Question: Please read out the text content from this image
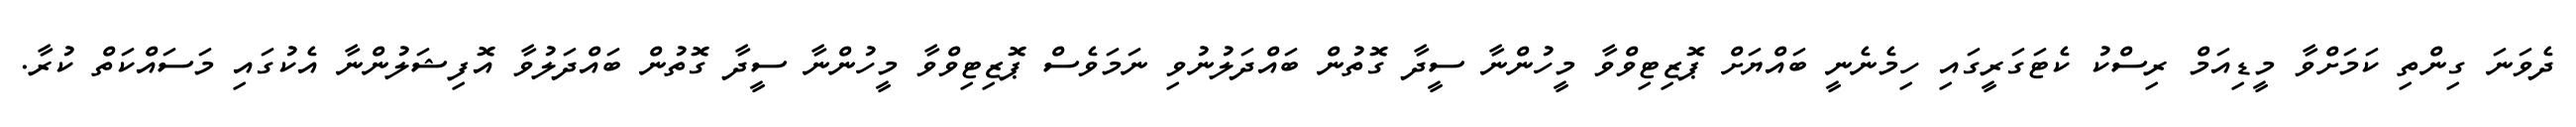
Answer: ދެވަނަ ގިންތި ކަމަށްވާ މީޑިއަމް ރިސްކު ކެޓަގަރީގައި ހިމެނެނީ ބައްޔަށް ޕޮޒިޓިވްވާ މީހުންނާ ސީދާ ގޮތުން ބައްދަލުނުވި ނަމަވެސް ޕޮޒިޓިވްވާ މީހުންނާ ސީދާ ގޮތުން ބައްދަލުވާ އޮފިޝަލުންނާ އެކުގައި މަސައްކަތް ކުރާ.